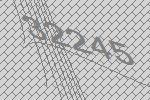
32245